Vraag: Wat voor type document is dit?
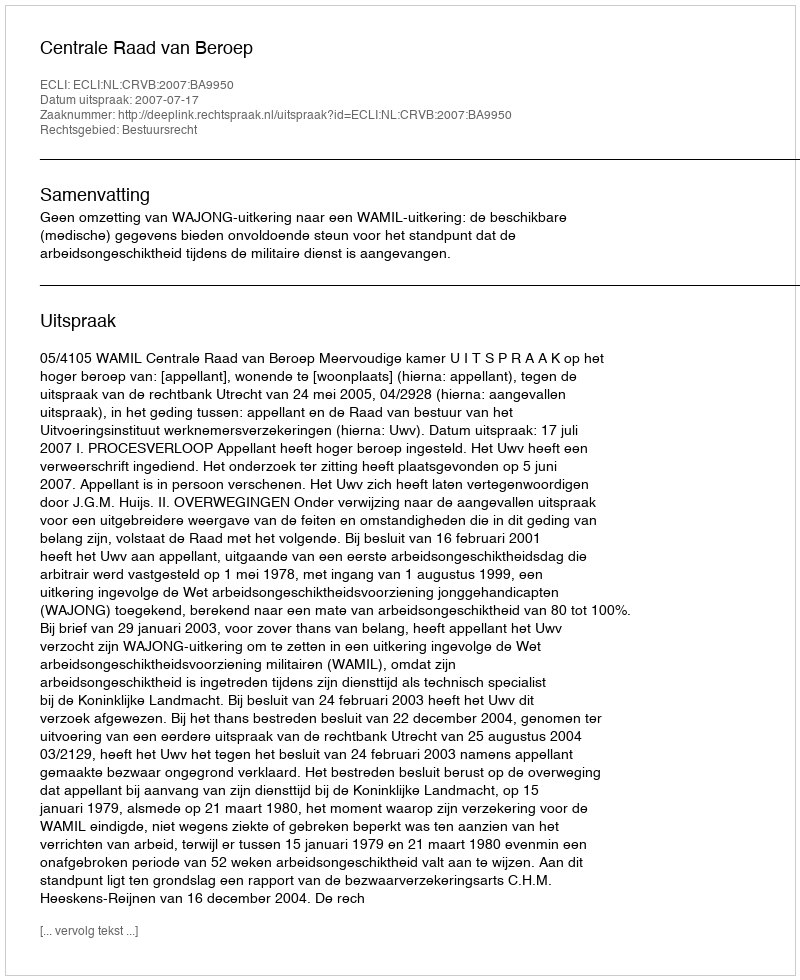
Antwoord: Uitspraak